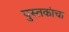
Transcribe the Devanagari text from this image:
पुस्‍तकांचा